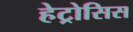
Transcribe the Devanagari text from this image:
हेट्रोसिस